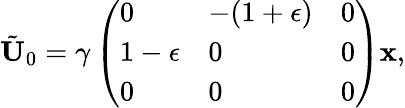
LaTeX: \tilde{\textbf{U}}_{0}=\gamma\left(\begin{array}{lll}{0}&{-(1+\epsilon)}&{0}\\ {1-\epsilon}&{0}&{0}\\ {0}&{0}&{0}\end{array}\right)\textbf{x},